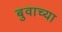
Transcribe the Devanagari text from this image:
बुवाच्या